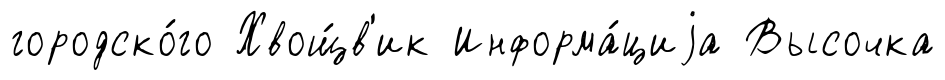
городско́го Хвощ́в'ик Информа́циjа Высочка